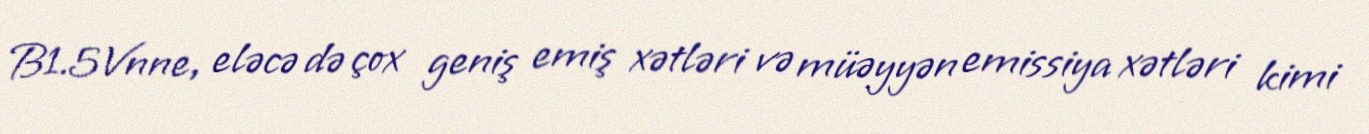
B1.5Vnne, eləcə də çox geniş emiş xətləri və müəyyən emissiya xətləri kimi